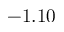
- 1 . 1 0